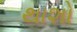
થાશો